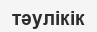
тәулікік